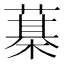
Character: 𦻆